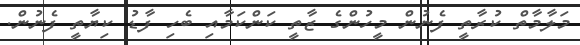
މަލާމާތް ކުރާތީ ފެނުން މީހުންގެ ޒާތީ ކަންކަމާއި ބެހި ފާޑު ކިޔާތީ ފެނުން.